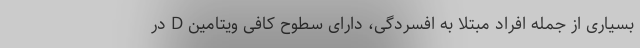
بسیاری از جمله افراد مبتلا به افسردگی، دارای سطوح کافی ویتامین D در